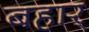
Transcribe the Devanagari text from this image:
बहार्